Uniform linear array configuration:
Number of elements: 24
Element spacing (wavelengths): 0.25
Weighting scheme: cosine
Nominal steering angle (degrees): -15
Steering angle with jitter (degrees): -15.544
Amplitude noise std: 0.05
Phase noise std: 0.05

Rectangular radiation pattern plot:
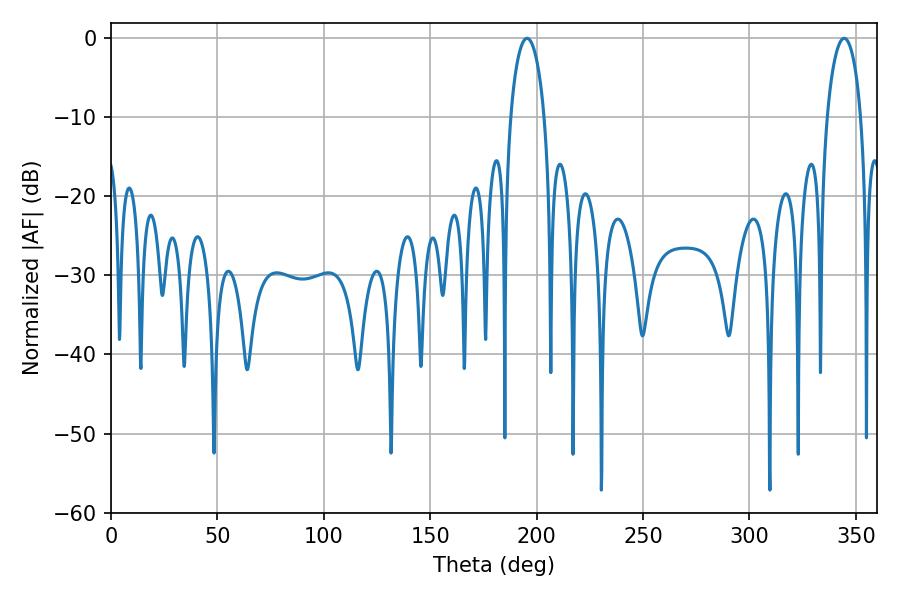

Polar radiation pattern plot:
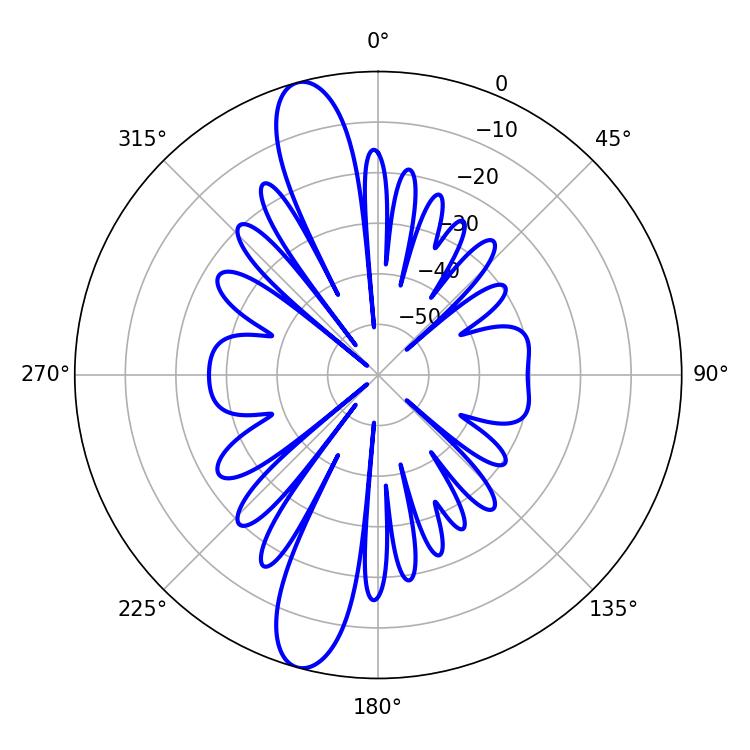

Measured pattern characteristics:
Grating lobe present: FALSE
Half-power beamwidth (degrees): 9.18
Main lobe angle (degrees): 195.48